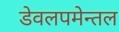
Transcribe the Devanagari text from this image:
डेवलपमेन्तल